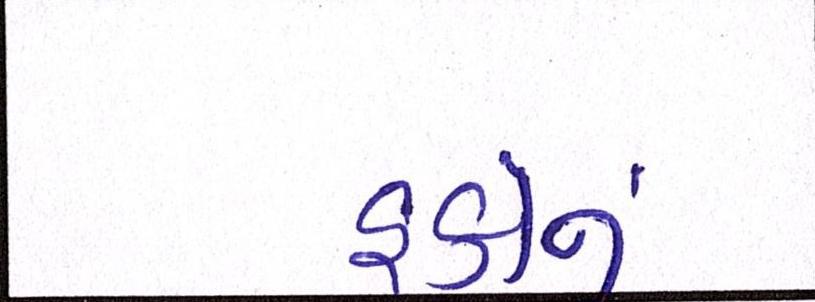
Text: હકોનું